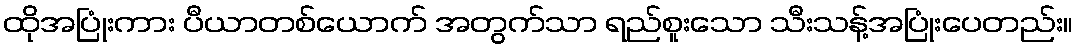
ထိုအပြုံးကား ပီယာတစ်ယောက် အတွက်သာ ရည်စူးသော သီးသန့်အပြုံးပေတည်း။